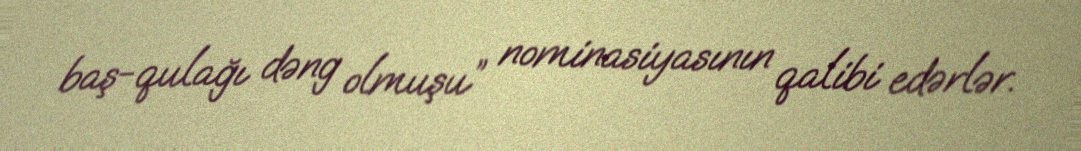
baş-qulağı dəng olmuşu” nominasiyasının qalibi edərlər.